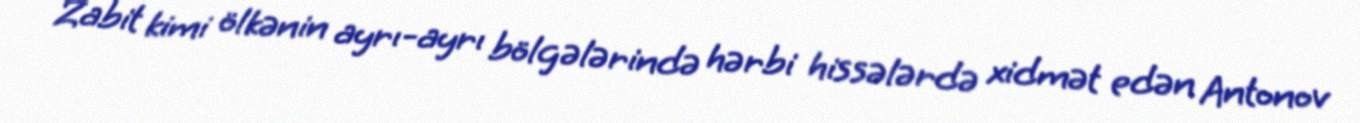
Zabit kimi ölkənin ayrı-ayrı bölgələrində hərbi hissələrdə xidmət edən Antonov